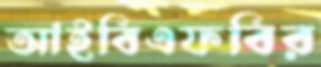
আইবিএফবির